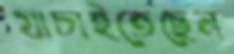
যাচাইতেছেন